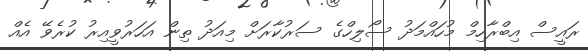
ރައީސް އިބްރާހިމް މުހައްމަދު ސޯލިހްގެ ސަރުކާރަށް މިއަދު ތިން އަހަރުވީއިރު ކުރެވޭ އެއް